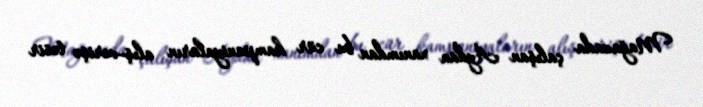
Mağazada çalışan Aydan xanımdan bu cür kampaniyaların alış-verişə təsir